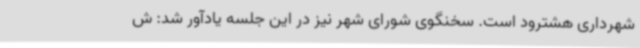
شهرداری هشترود است. سخنگوی شورای شهر نیز در این جلسه یادآور شد: ش